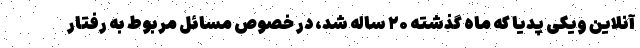
آنلاین ویکی پدیا که ماه گذشته ۲۰ ساله شد، در خصوص مسائل مربوط به رفتار